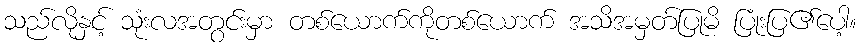
သည်လိုနှင့် သုံးလအတွင်းမှာ တစ်ယောက်ကိုတစ်ယောက် အသိအမှတ်ပြုမိ ပြုံးပြ၏ပေါ့။